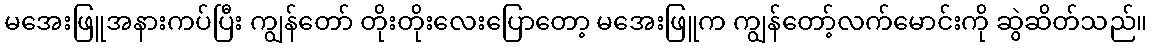
မအေးဖြူအနားကပ်ပြီး ကျွန်တော် တိုးတိုးလေးပြောတော့ မအေးဖြူက ကျွန်တော့်လက်မောင်းကို ဆွဲဆိတ်သည်။